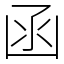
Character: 函